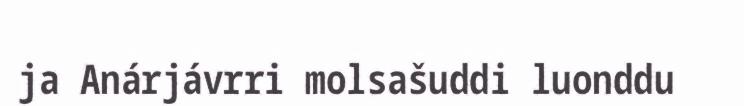
ja Anárjávrri molsašuddi luonddu